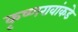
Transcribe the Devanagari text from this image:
कृष्णरावांकडे